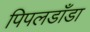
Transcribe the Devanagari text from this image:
पिपलडाँडा